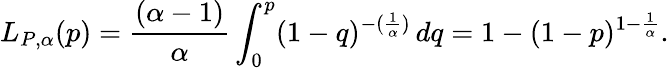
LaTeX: L_{P,\alpha}(p)=\frac{(\alpha-1)}{\alpha}\int_{0}^{p}(1-q)^{-(\frac{1}{\alpha})}\, dq=1-(1-p)^{1-\frac{1}{\alpha}}.